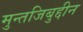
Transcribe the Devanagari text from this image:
मुन्तजिबुद्दीन